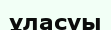
ұласуы